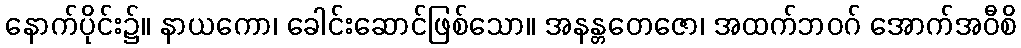
နောက်ပိုင်း၌။ နာယကော၊ ခေါင်းဆောင်ဖြစ်သော။ အနန္တတေဇော၊ အထက်ဘဝဂ် အောက်အဝီစိ